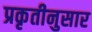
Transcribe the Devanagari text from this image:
प्रकृतीनुसार